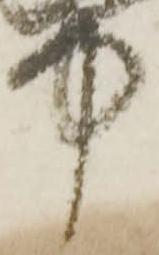
中